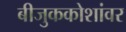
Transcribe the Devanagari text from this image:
बीजुककोशांवर